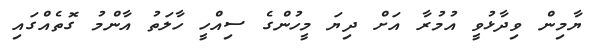
ޔާމިން ވިދާޅުވީ އުމުރާ އަށް ދިޔަ މީހުންގެ ސިއްހީ ހާލަތު އާންމު ގޮތެއްގައި